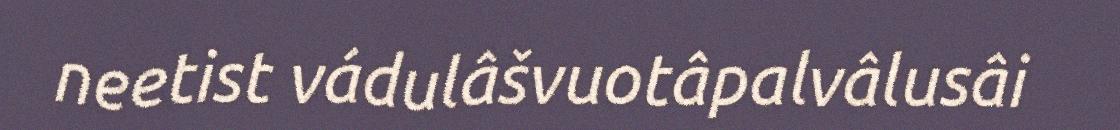
neetist vádulâšvuotâpalvâlusâi